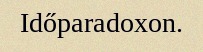
Időparadoxon.